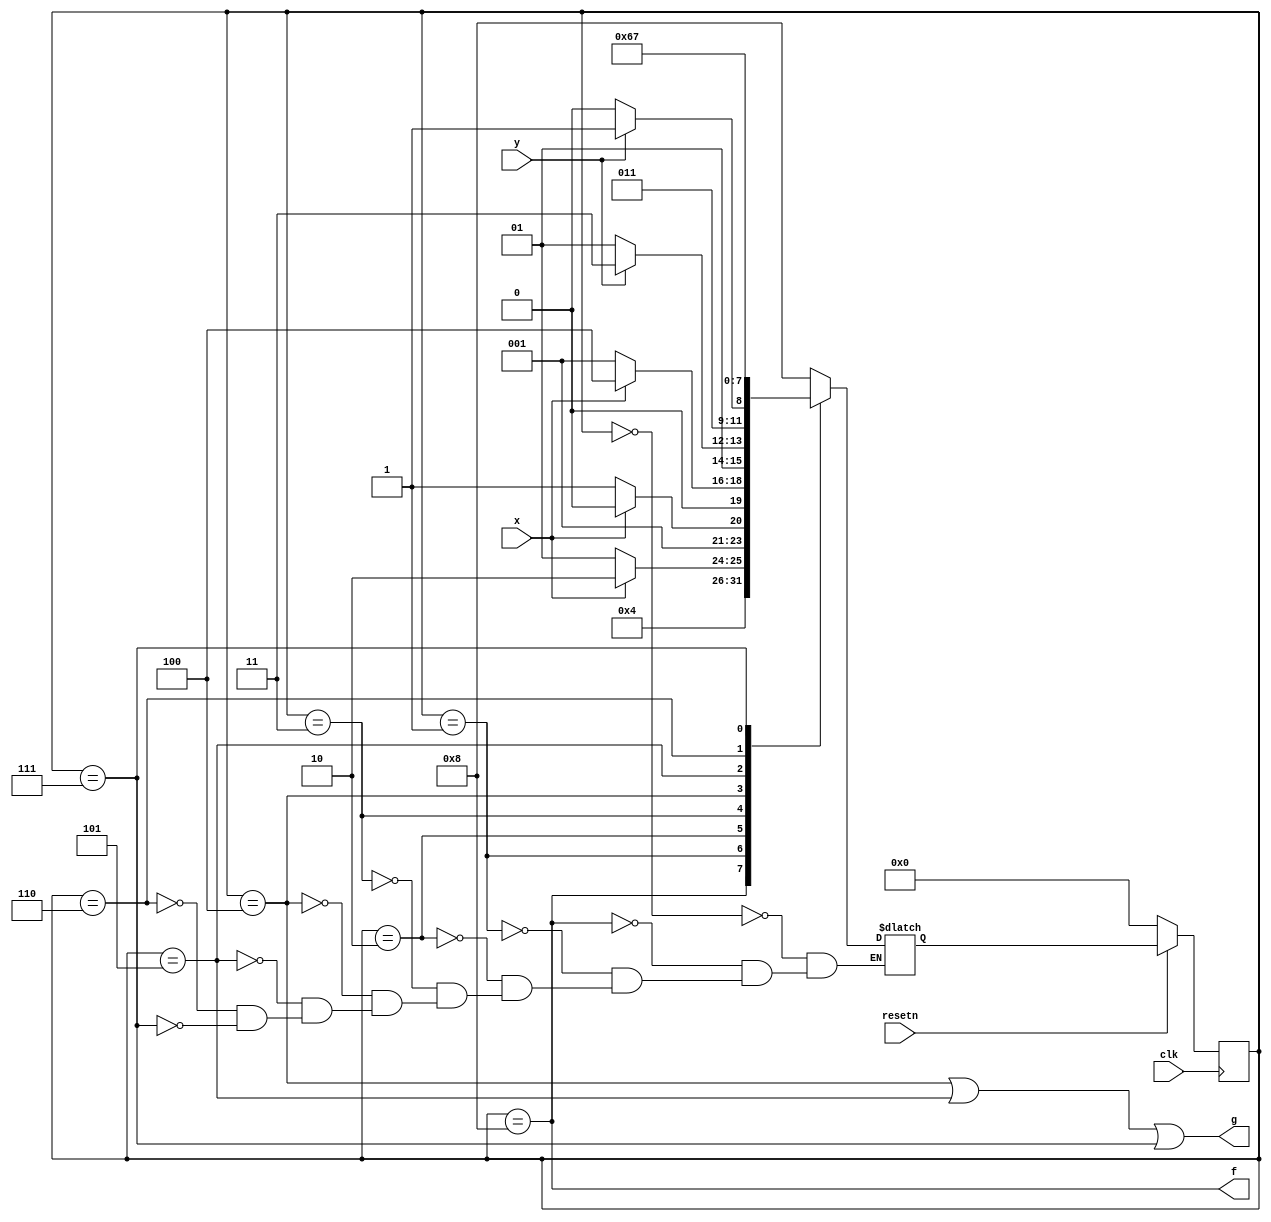
module top_module (
    input clk,
    input resetn,    // active-low synchronous reset
    input x,
    input y,
    output f,
    output g
); 
    
    parameter A=0,B1=1,B2=2,B3=3,C1=4,C2=5,D=6,E=7,F=8;
    // A = initial state
    // F = output f=1 for 1 clock
    // B1= '1'01 check
    // B2= 1'0'1 check
    // B3= 10'1' check
    // C1= first clock check y
    // C2= second clock check y
    // D = output g=0 permanently
    // E = output g=1 permanently
    reg [3:0] state, next;
    
    always@(*) begin
        case(state)
            A : next = F;            //wait until reset==1
            F : next = B1;           //just for output f=1 for 1 clock
            B1: next = x?      B2:B1;//1, if '0'   go back to B1
            B2: next = x?      B2:B3;//0, if 1'1'  go back to B2
            B3: next = x?      C1:B1;//1, if 10'0' go back to B1
            C1: next = y?      E :C2;//if y==1 go to E, if y==0, second chance
            C2: next = y?      E : D;//if y==1 go to E, if y==0, go to D
            D : next = D;            //g output 0
            E : next = E;            //g output 1
            default: next = next;
        endcase
    end
    
    always@(posedge clk) begin
        if(~resetn) state <= A;
        else state <= next;
    end
    
    assign f = state==F;
    assign g = state==C1 | state==C2 | state==E;

endmodule